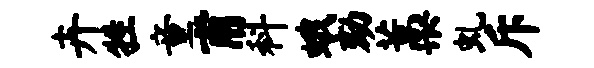
卉牲童甫科蛾劾藁虬斥